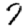
Digit: 7